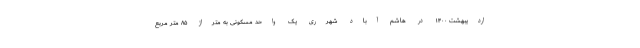
اردیبهشت ۱۴۰۰ در هاشم آباد شهرری یک واحد مسکونی به متراژ ۸۵ متر مربع